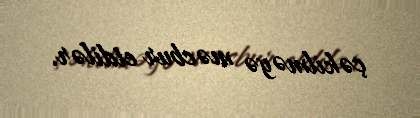
çəkilməyə məcbur etdilər.